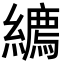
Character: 𦆉